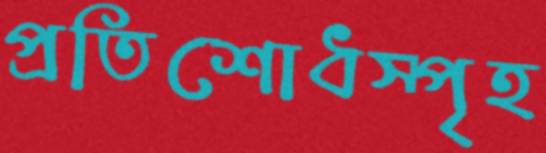
প্রতিশোধস্পৃহ